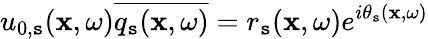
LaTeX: u_{0,\mathtt{s}}(\mathbf{{x}},\omega)\overline{{{q_{\mathtt{s}}(\mathbf{{x}},\omega)}}}=r_{\mathtt{s}}(\mathbf{{x}},\omega)e^{i\theta_{\mathtt{s}}(\mathbf{{x}},\omega)}